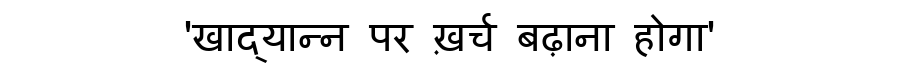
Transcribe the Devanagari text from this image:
'खाद्यान्न पर ख़र्च बढ़ाना होगा'